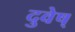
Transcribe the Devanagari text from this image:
दुवेष्